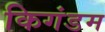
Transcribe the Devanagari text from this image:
किगंडम